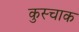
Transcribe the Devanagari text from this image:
कुस्चाक